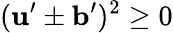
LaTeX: ({\mathbf{u}}^{\prime}\pm{\mathbf{b}}^{\prime})^{2}\ge 0